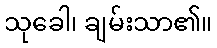
သုခေါ၊ ချမ်းသာ၏။